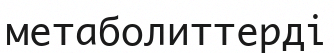
метаболиттерді